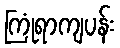
ကြုံရာကျပန်း